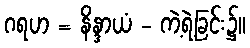
ဂရဟ = နိန္ဒာယံ - ကဲ့ရဲ့ခြင်း၌။